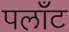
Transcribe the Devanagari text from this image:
पलाँट